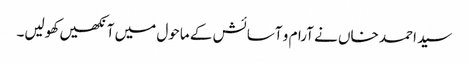
سید احمد خاں نے آرام و آسائش کے ماحول میں آنکھیں کھولیں۔